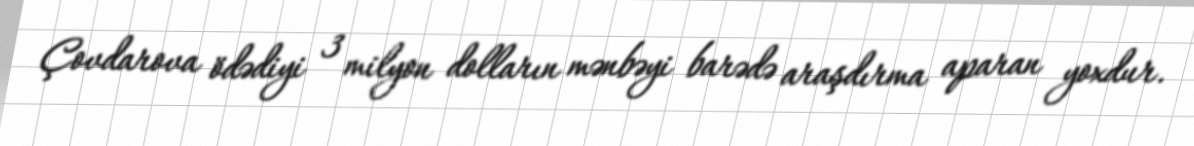
Çovdarova ödədiyi 3 milyon dolların mənbəyi barədə araşdırma aparan yoxdur.